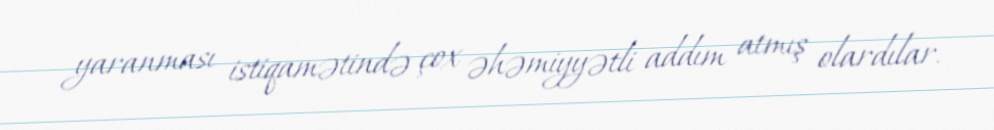
yaranması istiqamətində çox əhəmiyyətli addım atmış olardılar.